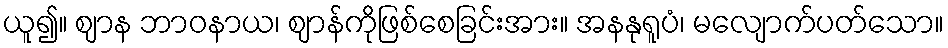
ယူ၍။ ဈာန ဘာဝနာယ၊ ဈာန်ကိုဖြစ်စေခြင်းအား။ အနနုရူပံ၊ မလျောက်ပတ်သော။